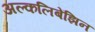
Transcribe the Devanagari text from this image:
अल्कलिबेंझिन